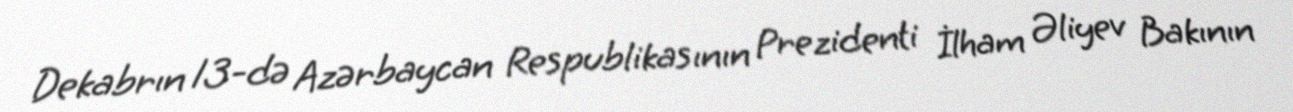
Dekabrın 13-də Azərbaycan Respublikasının Prezidenti İlham Əliyev Bakının